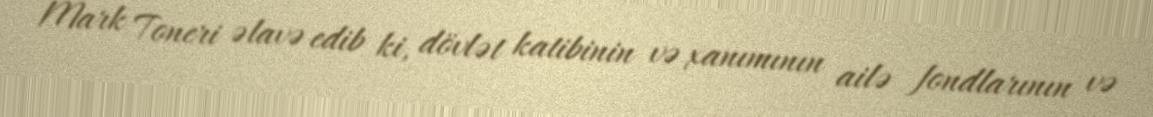
Mark Toneri əlavə edib ki, dövlət katibinin və xanımının ailə fondlarının və